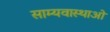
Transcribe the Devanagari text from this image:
साम्यवास्थाओं